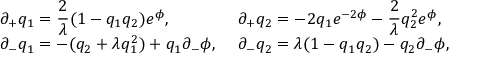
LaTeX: \left. \begin{array} { l l } { { \partial _ { + } q _ { 1 } = { \displaystyle \frac { 2 } { \lambda } } ( 1 - q _ { 1 } q _ { 2 } ) e ^ { \phi } , \, \, } } & { { \partial _ { + } q _ { 2 } = - 2 q _ { 1 } e ^ { - 2 \phi } - { \displaystyle \frac { 2 } { \lambda } } q _ { 2 } ^ { 2 } e ^ { \phi } , } } \\ { { \partial _ { - } q _ { 1 } = - ( q _ { 2 } + \lambda q _ { 1 } ^ { 2 } ) + q _ { 1 } \partial _ { - } \phi , \, \, } } & { { \partial _ { - } q _ { 2 } = \lambda ( 1 - q _ { 1 } q _ { 2 } ) - q _ { 2 } \partial _ { - } \phi , } } \end{array} \right.